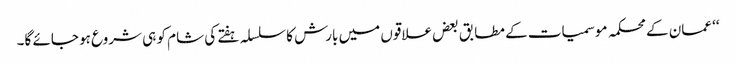
‘‘ عمان کے محکمہ موسمیات کے مطابق بعض علاقوں میں بارش کا سلسلہ ہفتے کی شام کو ہی شروع ہو جائے گا۔